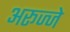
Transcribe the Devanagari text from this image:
अरूज्जे